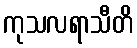
ကုသလရာသီတိ